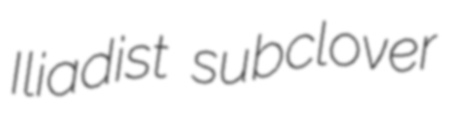
Iliadist subclover